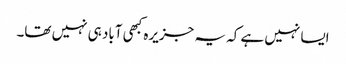
ایسا نہیں ہے کہ یہ جزیرہ کبھی آباد ہی نہیں تھا۔